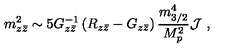
m _ { z { \bar { z } } } ^ { 2 } \sim 5 G _ { z { \bar { z } } } ^ { - 1 } \left( R _ { z { \bar { z } } } - G _ { z { \bar { z } } } \right) { \frac { m _ { 3 / 2 } ^ { 4 } } { M _ { p } ^ { 2 } } } { \cal J } \ ,